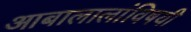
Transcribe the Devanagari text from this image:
आबालालांविषयी